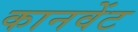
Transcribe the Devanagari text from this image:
कानवेंट